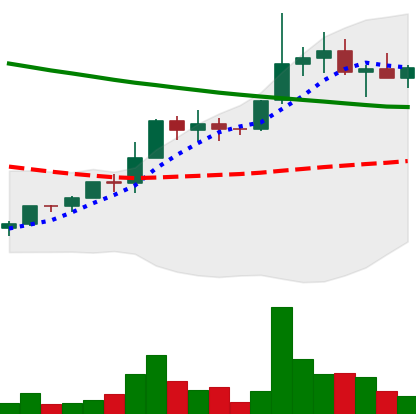
Ticker: EOS-USD
Chart end date: 2022-04-03
Forward return: -16.456%
Label: down_7plus